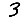
Digit: 3